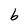
Character: b